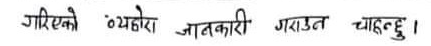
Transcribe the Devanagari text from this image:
गरिएको झोरा जानकारी गराउन चाहन्छु।